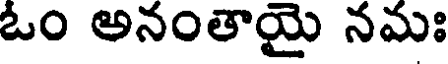
ఓం అనంతాయై నమః